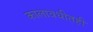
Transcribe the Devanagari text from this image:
कालावधीतही